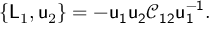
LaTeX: \{ \mathsf { L } _ { 1 } , \mathsf { u } _ { 2 } \} = - \mathsf { u _ { 1 } u _ { 2 } \mathcal { C } _ { 1 2 } u _ { 1 } ^ { - 1 } } .